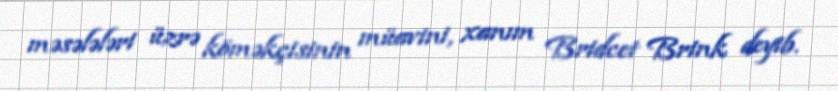
məsələləri üzrə köməkçisinin müavini, xanım Bridcet Brink deyib.